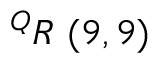
^ { Q } R \ ( 9 , 9 )